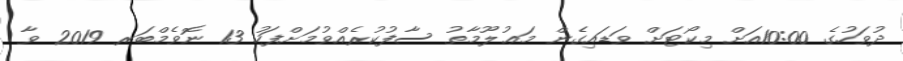
ދުވަހުގެ 10:00އަށް މިކޯޓަށް ވަޑައިގެން މަޢުލޫމާތު ސާފުކުރެއްވުމަށްފަހު 13 ނޮވެމްބަރ 2019 ވާ